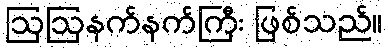
ဩဩနက်နက်ကြီး ဖြစ်သည်။